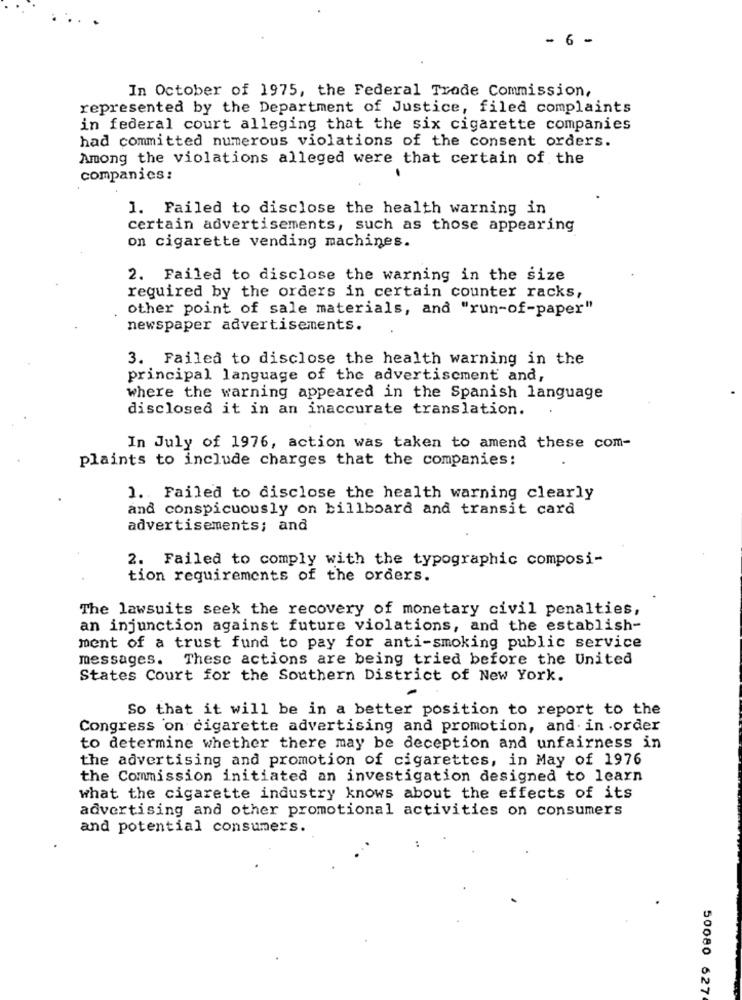
- 6 -
In October of 1975, the Federal Trade Commission,
represented by the Department of Justice, filed complaints
in federal court alleging that the six cigarette companies
had committed numerous violations of the consent orders.
Among the violations alleged were that certain of the
companies:
1. Failed to disclose the health warning in
certain advertisements, such as those appearing
on cigarette vending machines.
2. Failed to disclose the warning in the size
required by the orders in certain counter racks,
other point of sale materials, and "run-of-paper"
newspaper advertisements.
3. Failed to disclose the health warning in the
principal language of the advertisement and,
where the warning appeared in the Spanish language
disclosed it in an inaccurate translation.
In July of 1976, action was taken to amend these com-
plaints to include charges that the companies:
1. Failed to disclose the health warning clearly
and conspicuously on billboard and transit card
advertisements; and
2. Failed to comply with the typographic composi-
tion requirements of the orders.
The lawsuits seek the recovery of monetary civil penalties,
an injunction against future violations, and the establish-
ment of a trust fund to pay for anti-smoking public service
messages. These actions are being tried before the United
States Court for the Southern District of New York.
So that it will be in a better position to report to the
Congress on cigarette advertising and promotion, and in order
to determine whether there may be deception and unfairness in
the advertising and promotion of cigarettes, in May of 1976
the Commission initiated an investigation designed to learn
what the cigarette industry knows about the effects of its
advertising and other promotional activities on consumers
and potential consumers.
50080 627